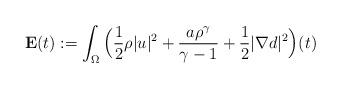
LaTeX: \begin{align*}{\bf E}(t):=\int_{\Omega}\Big(\frac12\rho|u|^2+\frac{a\rho^{\gamma}}{\gamma-1}+\frac12|\nabla d|^2\Big)(t)\end{align*}